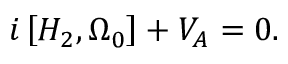
i \left[ H _ { 2 } , \Omega _ { 0 } \right] + V _ { A } = 0 .